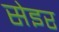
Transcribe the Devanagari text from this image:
सेइर